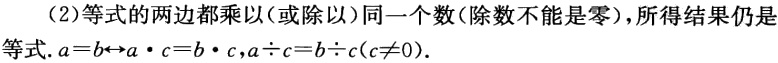
（2）等式的两边都乘以（或除以）同一个数（除数不能是零），所得结果仍是等式. \(a = b\leftrightarrow a\cdot c = b\cdot c,a\div c = b\div c(c\neq0)\).